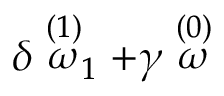
\delta \stackrel { ( 1 ) } { \omega } _ { 1 } + \gamma \stackrel { ( 0 ) } { \omega }